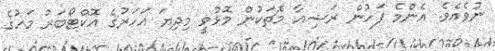
ނުވެއެވެ. އެންމެ ފަހުން ރަޝިއާ މެޗަކުން މޮޅުވީ މިދިޔަ އަހަރުގެ އޮކްޓޯބަރު މަހުގެ